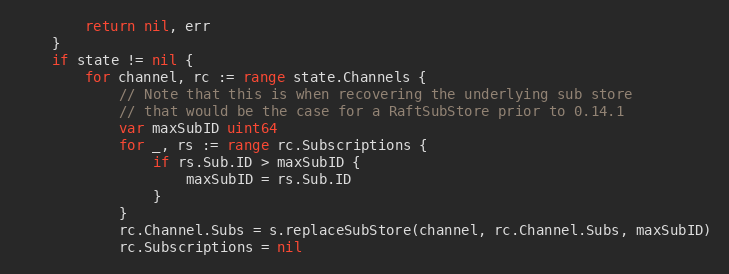
Language: Go
		return nil, err
	}
	if state != nil {
		for channel, rc := range state.Channels {
			// Note that this is when recovering the underlying sub store
			// that would be the case for a RaftSubStore prior to 0.14.1
			var maxSubID uint64
			for _, rs := range rc.Subscriptions {
				if rs.Sub.ID > maxSubID {
					maxSubID = rs.Sub.ID
				}
			}
			rc.Channel.Subs = s.replaceSubStore(channel, rc.Channel.Subs, maxSubID)
			rc.Subscriptions = nil